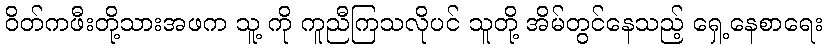
ဝိတ်ကဖီးတို့သားအဖက သူ့ ကို ကူညီကြသလိုပင် သူတို့ အိမ်တွင်နေသည့် ရှေ့နေစာရေး